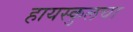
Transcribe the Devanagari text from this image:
हायस्‍कुलचा